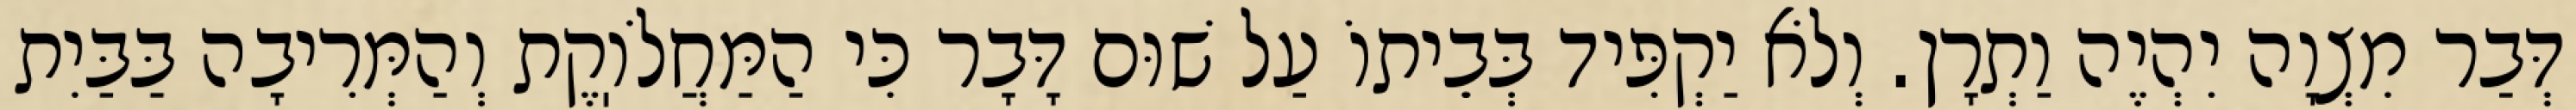
דְּבַר מִצְוָה יִהְיֶה וַתְרָן. וְלֹא יַקְפִּיד בְּבֵיתוֹ עַל שׁוּם דָּבָר כִּי הַמַּחֲלֹוֽקֶת וְהַמְּרִיבָה בַּבַּיִת